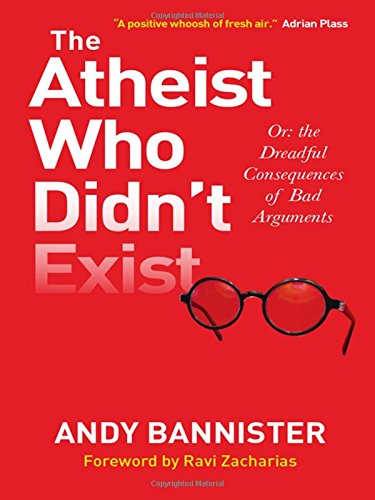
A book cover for The Atheist Who Didn't Exist: Or the Dreadful Consequences of Bad Arguments; Andy Bannister; Christian Books & Bibles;